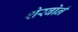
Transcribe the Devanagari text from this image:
शेरबोर्न